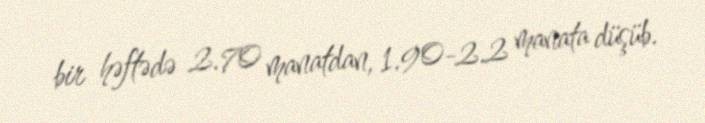
bir həftədə 2.70 manatdan, 1.90-2.2 manata düşüb.